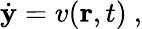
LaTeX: \begin{array}{r}{\dot{\mathbf{y}}=v(\mathbf{r},t)~,}\end{array}